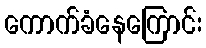
ကောက်ခံနေကြောင်း